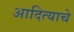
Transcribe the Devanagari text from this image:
आदित्याचे